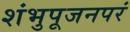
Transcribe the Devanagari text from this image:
शंभुपूजनपरं